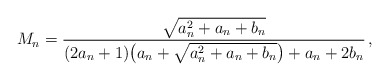
\begin{align*}M_n=\frac{\sqrt{a_n^2+a_n+b_n}}{(2a_n+1)\big(a_n+\sqrt{a_n^2+a_n+b_n}\big)+a_n+2b_n} \,,\end{align*}